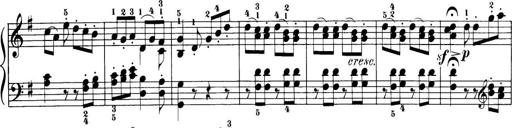
Title: 32 Sonatinas and Rondos for the Piano
Composer: Richard Kleinmichel